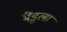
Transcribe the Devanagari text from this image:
मैंडुला